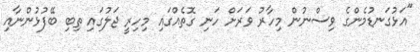
"އަޅުގަނޑުމެންގެ ވިސްނުން މިހާރު ވަރަށް ހަނި ގޮތެއްގައި މިހިރީ ޖަލުގައި ތިބި ބޭފުޅުންނާއި